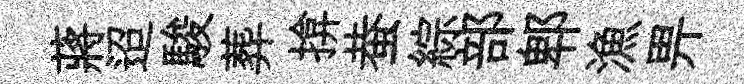
蔣迢駿葬揜蛬綜部郫漁畀